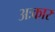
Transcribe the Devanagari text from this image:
अःकार